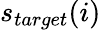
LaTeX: s_{target}(i)